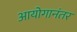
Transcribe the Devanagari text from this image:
आयोगानंतर